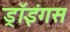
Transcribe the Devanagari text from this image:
ड्रॉइंगस